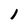
Character: l